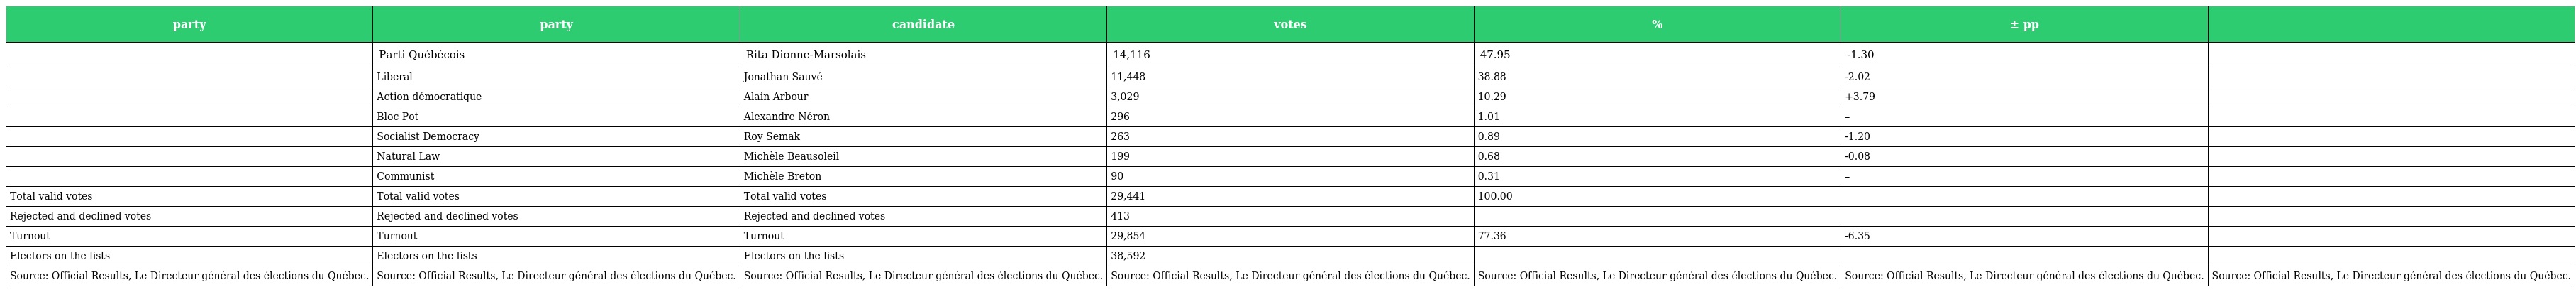
| party | party | candidate | votes | % | ± pp |  |
 | --- | --- | --- | --- | --- | --- | --- |
 |  | Parti Québécois | Rita Dionne-Marsolais | 14,116 | 47.95 | -1.30 |  |
 |  | Liberal | Jonathan Sauvé | 11,448 | 38.88 | -2.02 |  |
 |  | Action démocratique | Alain Arbour | 3,029 | 10.29 | +3.79 |  |
 |  | Bloc Pot | Alexandre Néron | 296 | 1.01 | – |  |
 |  | Socialist Democracy | Roy Semak | 263 | 0.89 | -1.20 |  |
 |  | Natural Law | Michèle Beausoleil | 199 | 0.68 | -0.08 |  |
 |  | Communist | Michèle Breton | 90 | 0.31 | – |  |
 | Total valid votes | Total valid votes | Total valid votes | 29,441 | 100.00 |  |  |
 | Rejected and declined votes | Rejected and declined votes | Rejected and declined votes | 413 |  |  |  |
 | Turnout | Turnout | Turnout | 29,854 | 77.36 | -6.35 |  |
 | Electors on the lists | Electors on the lists | Electors on the lists | 38,592 |  |  |  |
 | Source: Official Results, Le Directeur général des élections du Québec. | Source: Official Results, Le Directeur général des élections du Québec. | Source: Official Results, Le Directeur général des élections du Québec. | Source: Official Results, Le Directeur général des élections du Québec. | Source: Official Results, Le Directeur général des élections du Québec. | Source: Official Results, Le Directeur général des élections du Québec. | Source: Official Results, Le Directeur général des élections du Québec. |